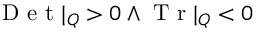
\mathrm { ~ D ~ e ~ t ~ } | _ { Q } > 0 \land \mathrm { ~ T ~ r ~ } | _ { Q } < 0